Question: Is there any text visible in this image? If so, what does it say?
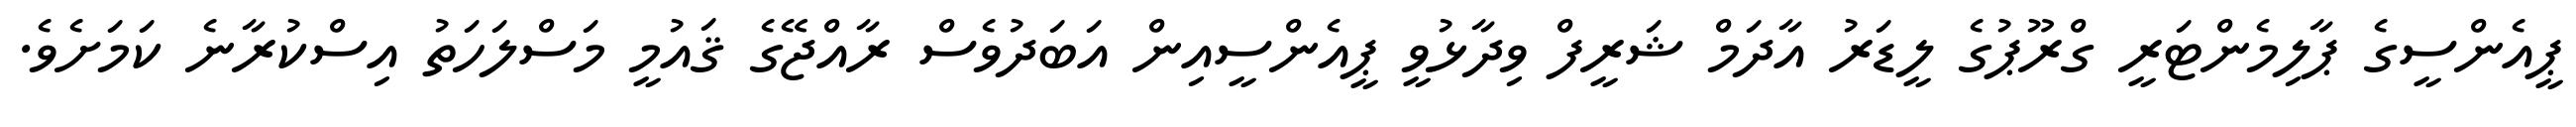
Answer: ޕީއެންސީގެ ޕާލިމެންޓަރީ ގްރޫޕުގެ ލީޑަރު އާދަމް ޝަރީފް ވިދާޅުވީ ޕީއެންސީއިން އަބަދުވެސް ރާއްޖޭގެ ޤައުމީ މަސްލަހަތު އިސްކުރާނެ ކަމަށެވެ.